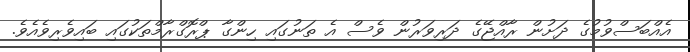
އެއްބަސްވުމުގެ ދަށުން ރާއްޖޭގެ ދަރިވަރުން ވެސް އެ ތަނުގައި ހިންގާ ޕްރޮގްރާމްތަކުގައި ބައިވެރިވެއެވެ.